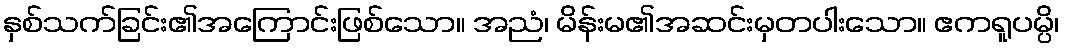
နှစ်သက်ခြင်း၏အကြောင်းဖြစ်သော။ အညံ၊ မိန်းမ၏အဆင်းမှတပါးသော။ ဧကရူပမ္ပိ၊